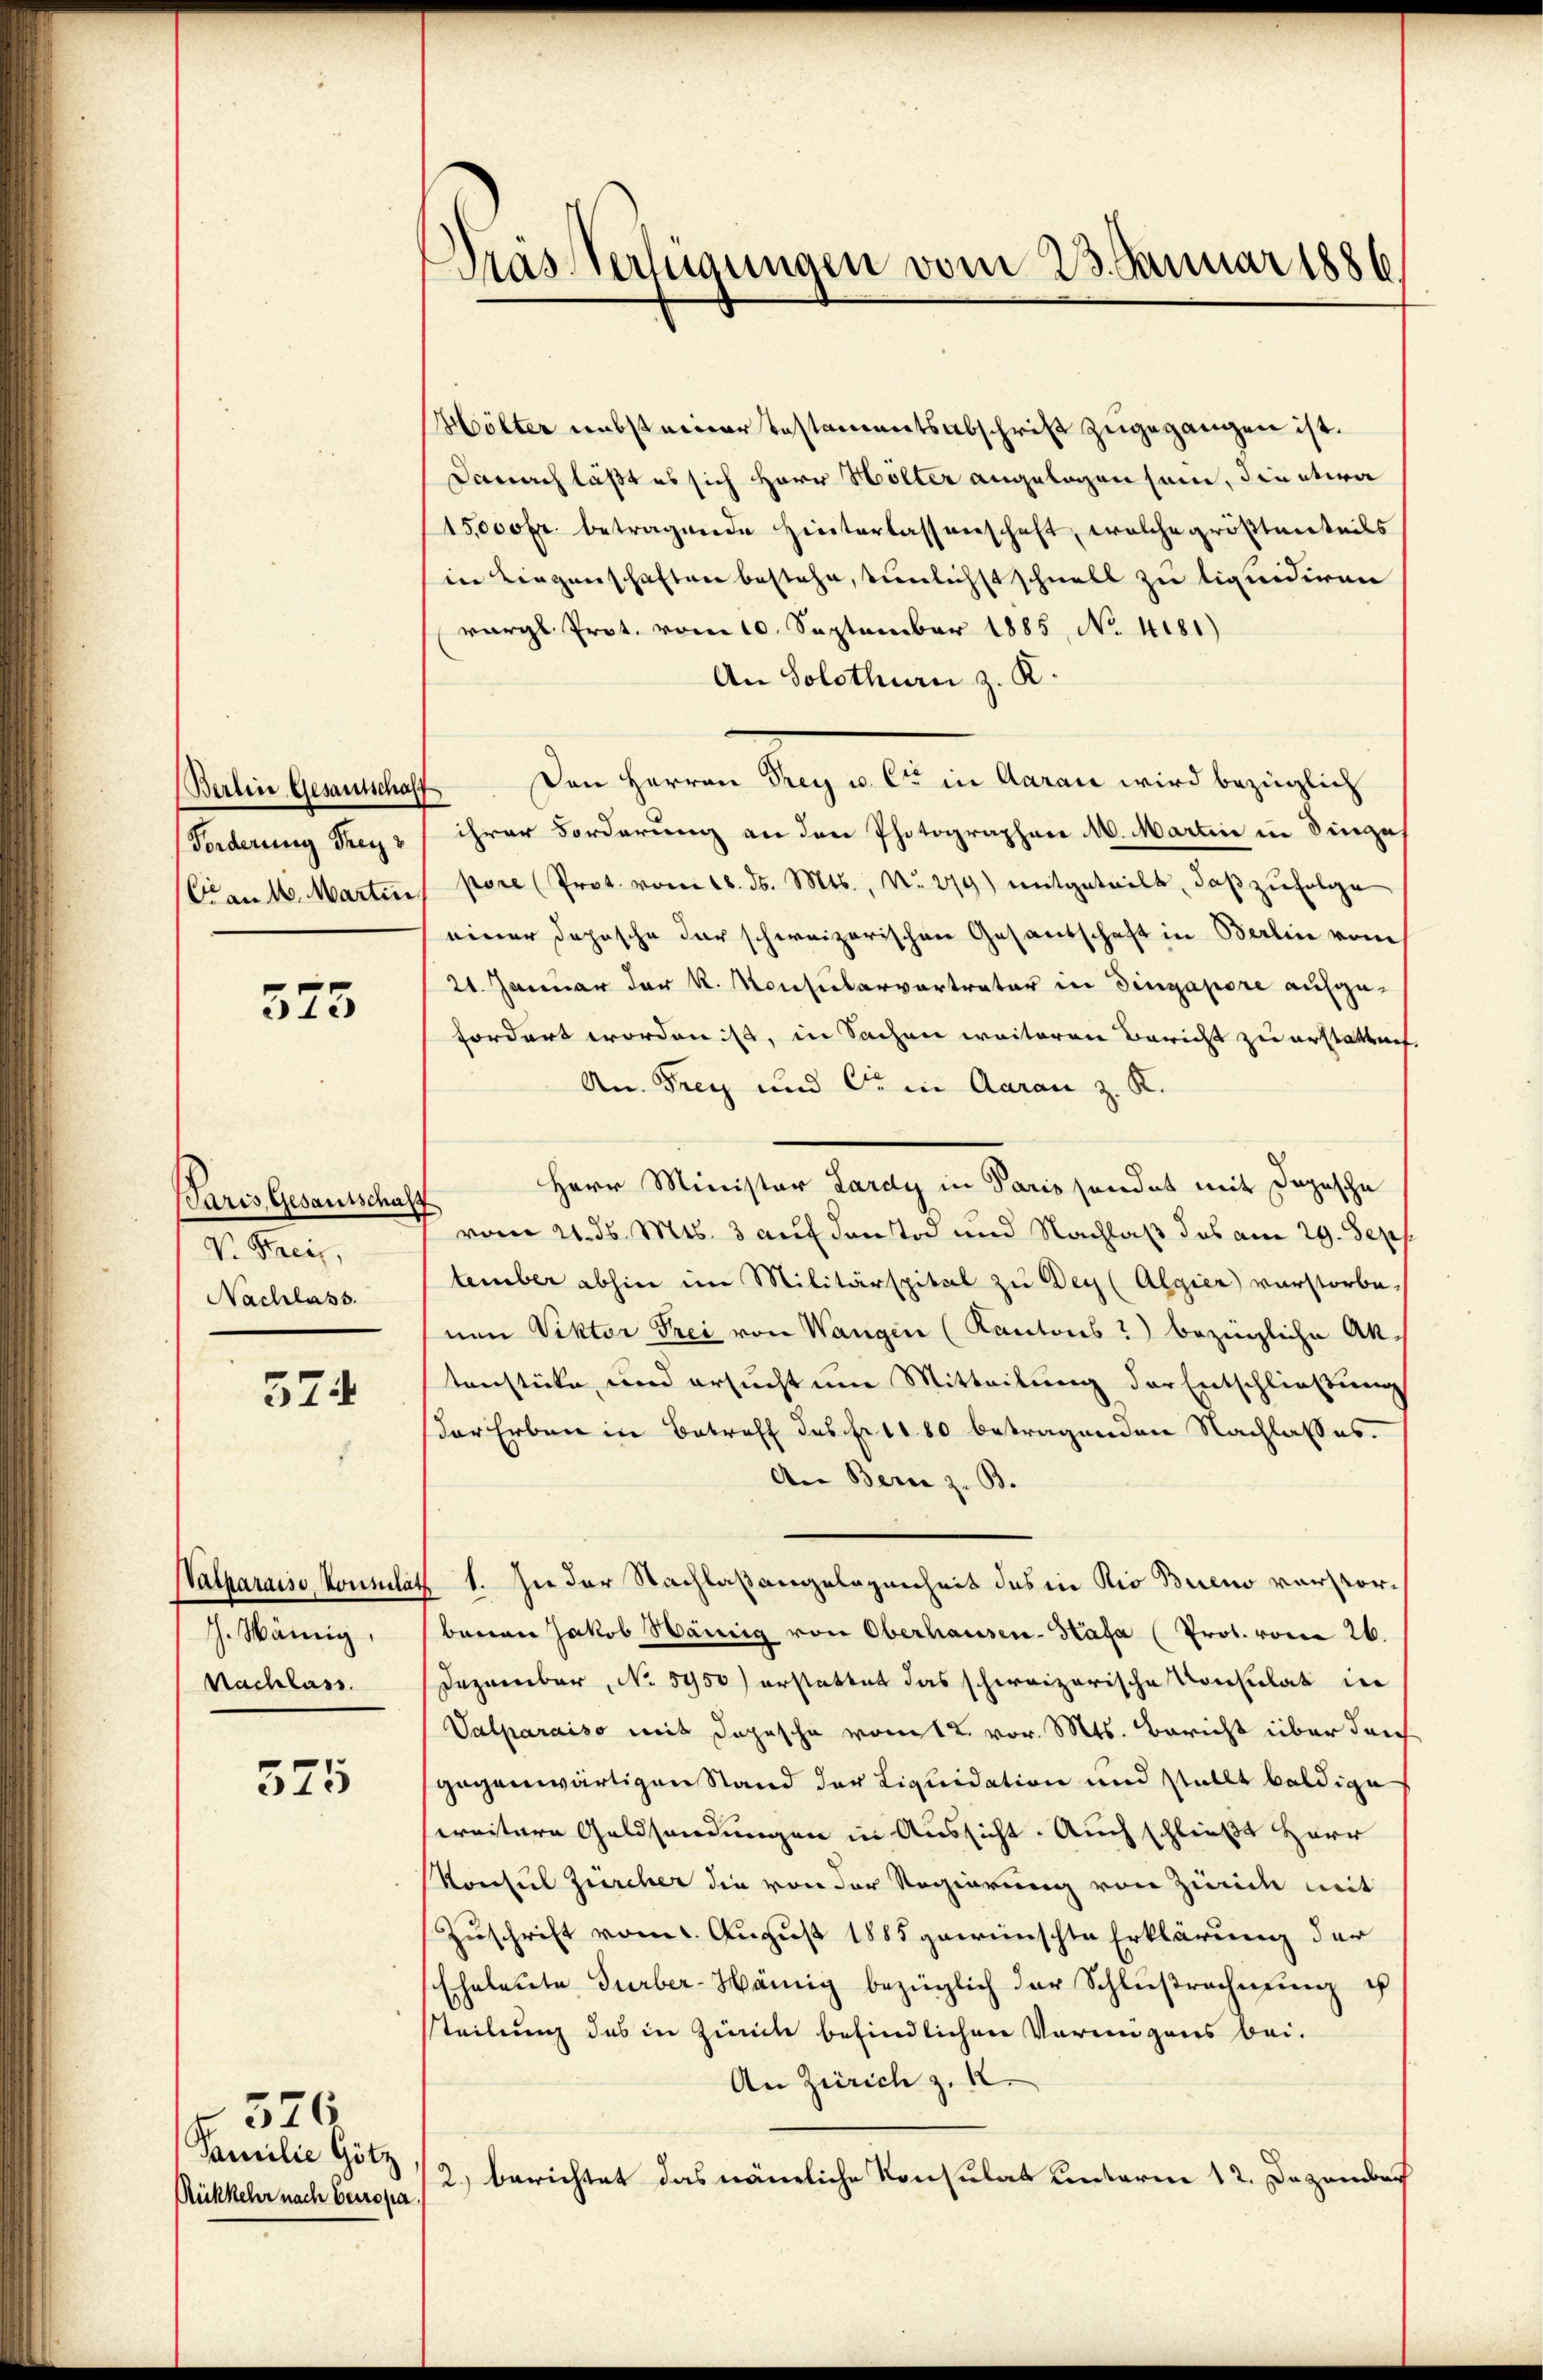
Berlin Gesantschaff
Forderung Frey
Con 16. Martin

375

(Paris, Gesantschaf
V. Frei,
Nachlass.

374

Patparaiso konsulat
J. Wämig,
Nachlass.

375

Familie Götz
Rükkehr nach betropa

376

Dras Verfügungen vom 23. Januar 1886

Hölter nebst einer Testamentsabschrift zugegangen ist.
Danach läßt es sich Herr Höller angelegen sein, die etwa
15000fr. betragende Hinterlassenschaft, welche größtenteils
in Liegenschaften bestehe, tunlichst schnell zu liquidiren
vergl. Prot. vom 10. September 1885, No. 4181)
An Solothurn z. K.
Den Herren Frey u. Cie in Aaraić wird bezüglich
ihrer Forderung an den Photographen 16. Martin in Dinge
pore (Prot. vom 18. d. Mts., N. 279) mitgeteilt, daß zufolge
einer Deposche der schweizerischen Gesandschaft in Berlin vom
21. Januar der k. Konsularvortrator in Dingapore aufgefordert worden ist, in Sachen weiteren Bericht zu erstattung
An Frey und Dein Aarau z. K.
Herr Minister Lardy in Paris sondet mit Depesche
vom 21. ds. Mts. 3 auf den Tod und Nachlaß das am 29. Sept.
tember abhin im Militärspital zu Der (Algier verstorbenen Viktor Frei von Wangen (Kantons 2) bezingliche Aktenstücke, und ersucht um Mitteilung der Entschließung
der Erben in Betreff des Fr. 1880 betragenden Nachlasses.
An Bern z. B.
41. In der Nachlaßangelegenheit des in Rio Bueno verstorbenen Jakob Wämig von Oberhausen-Kata (Prot. vom 26.
Dezember, No 5950) erstattet das schweizerische Konsulat in
Valparaiso mit Depesche vom 12. vor. Mts. Bericht über durch
gegenwärtigen Stand der Liquidation und stellt baldige
weitere Geldsendungen in Aussicht. Auch schließt Herr
Konsul Zürcher die von der Regierung von Zürich mit
Zuschrift vom 1. August 1885 gewünschte Erklärung der
Eheleute Turber-Hämig bezüglich der Schlußrechnung u
steilung des in Zürich befindlichen Vorangens bei.
An Zürich z. 12.
2.) berichtet das nämliche Konsulat unterm 12. Dezember